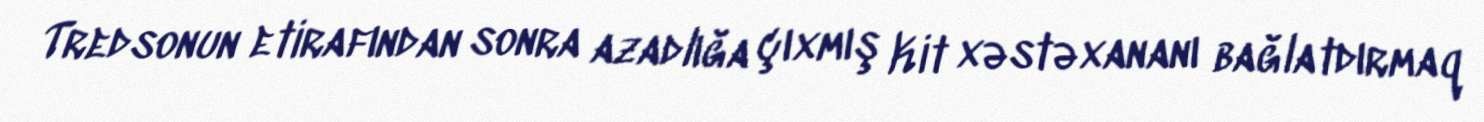
Tredsonun etirafından sonra azadlığa çıxmış Kit xəstəxananı bağlatdırmaq